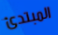
المبتدئ